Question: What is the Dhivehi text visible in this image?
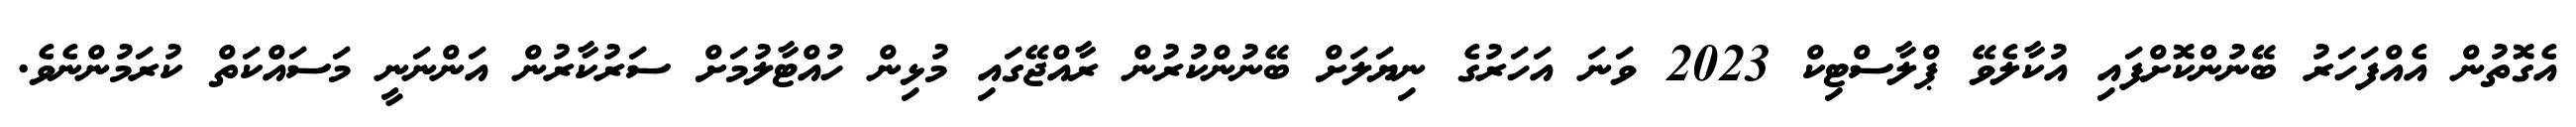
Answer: އެގޮތުން އެއްފަހަރު ބޭނުންކޮށްފައި އުކާލެވޭ ޕްލާސްޓިކް 2023 ވަނަ އަހަރުގެ ނިޔަލަށް ބޭނުންކުރުން ރާއްޖޭގައި މުޅިން ހުއްޓާލުމަށް ސަރުކާރުން އަންނަނީ މަސައްކަތް ކުރަމުންނެވެ.